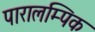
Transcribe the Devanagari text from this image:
पारालम्पिक